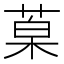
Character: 𮏦